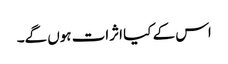
اس کے کیا اثرات ہوں گے۔